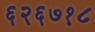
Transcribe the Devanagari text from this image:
६२६७१८